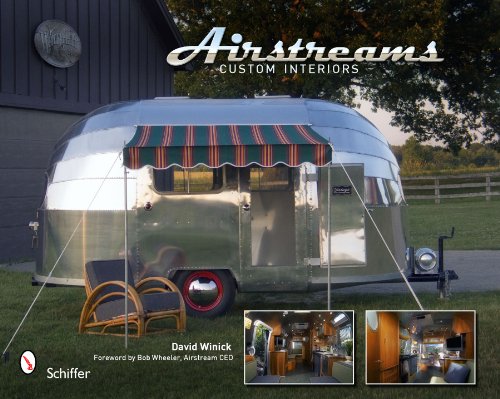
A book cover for Airstreams Custom Interiors; David Winick; Crafts, Hobbies & Home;